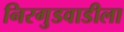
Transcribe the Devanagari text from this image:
निरगुडवाडीला